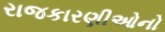
રાજકારણીઓનો